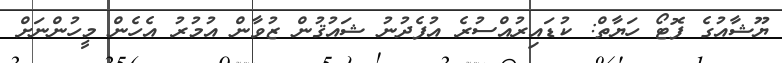
ޔޫޝާއުގެ ފޮޓޯ ހަޔާތް: ކުޑައިރުއްސުރެ އުފެދުނު ޝައުޤުން ޒުވާން އުމުރު އެހެން މީހުންނަށް